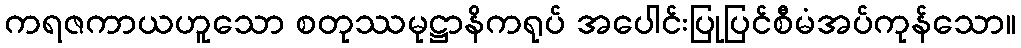
ကရဇကာယဟူသော စတုဿမုဋ္ဌာနိကရုပ် အပေါင်းပြုပြင်စီမံအပ်ကုန်သော။